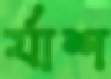
র‍্যাশ